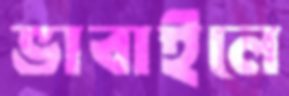
ভাবাইলে